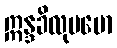
ဣန္ဒခိလုပမော